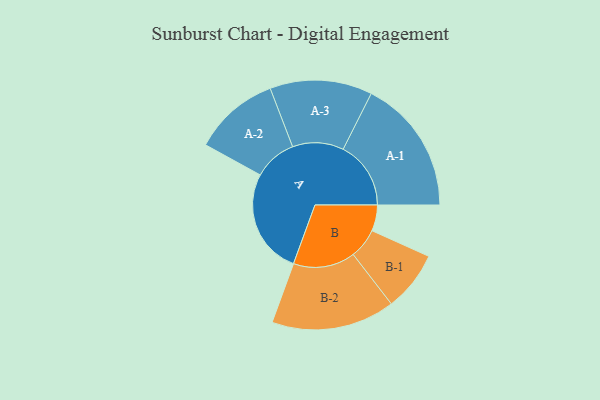
{"axis": {"x": "Segment", "y": "Value"}, "legend": ["", "A", "B"], "data": [{"x": "A", "y": 415, "type": ""}, {"x": "B", "y": 102, "type": ""}, {"x": "A-1", "y": 266, "type": "A"}, {"x": "A-2", "y": 169, "type": "A"}, {"x": "A-3", "y": 201, "type": "A"}, {"x": "B-1", "y": 118, "type": "B"}, {"x": "B-2", "y": 243, "type": "B"}]}